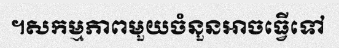
។សកម្មភាពមួយចំនួនអាចធ្វើទៅ